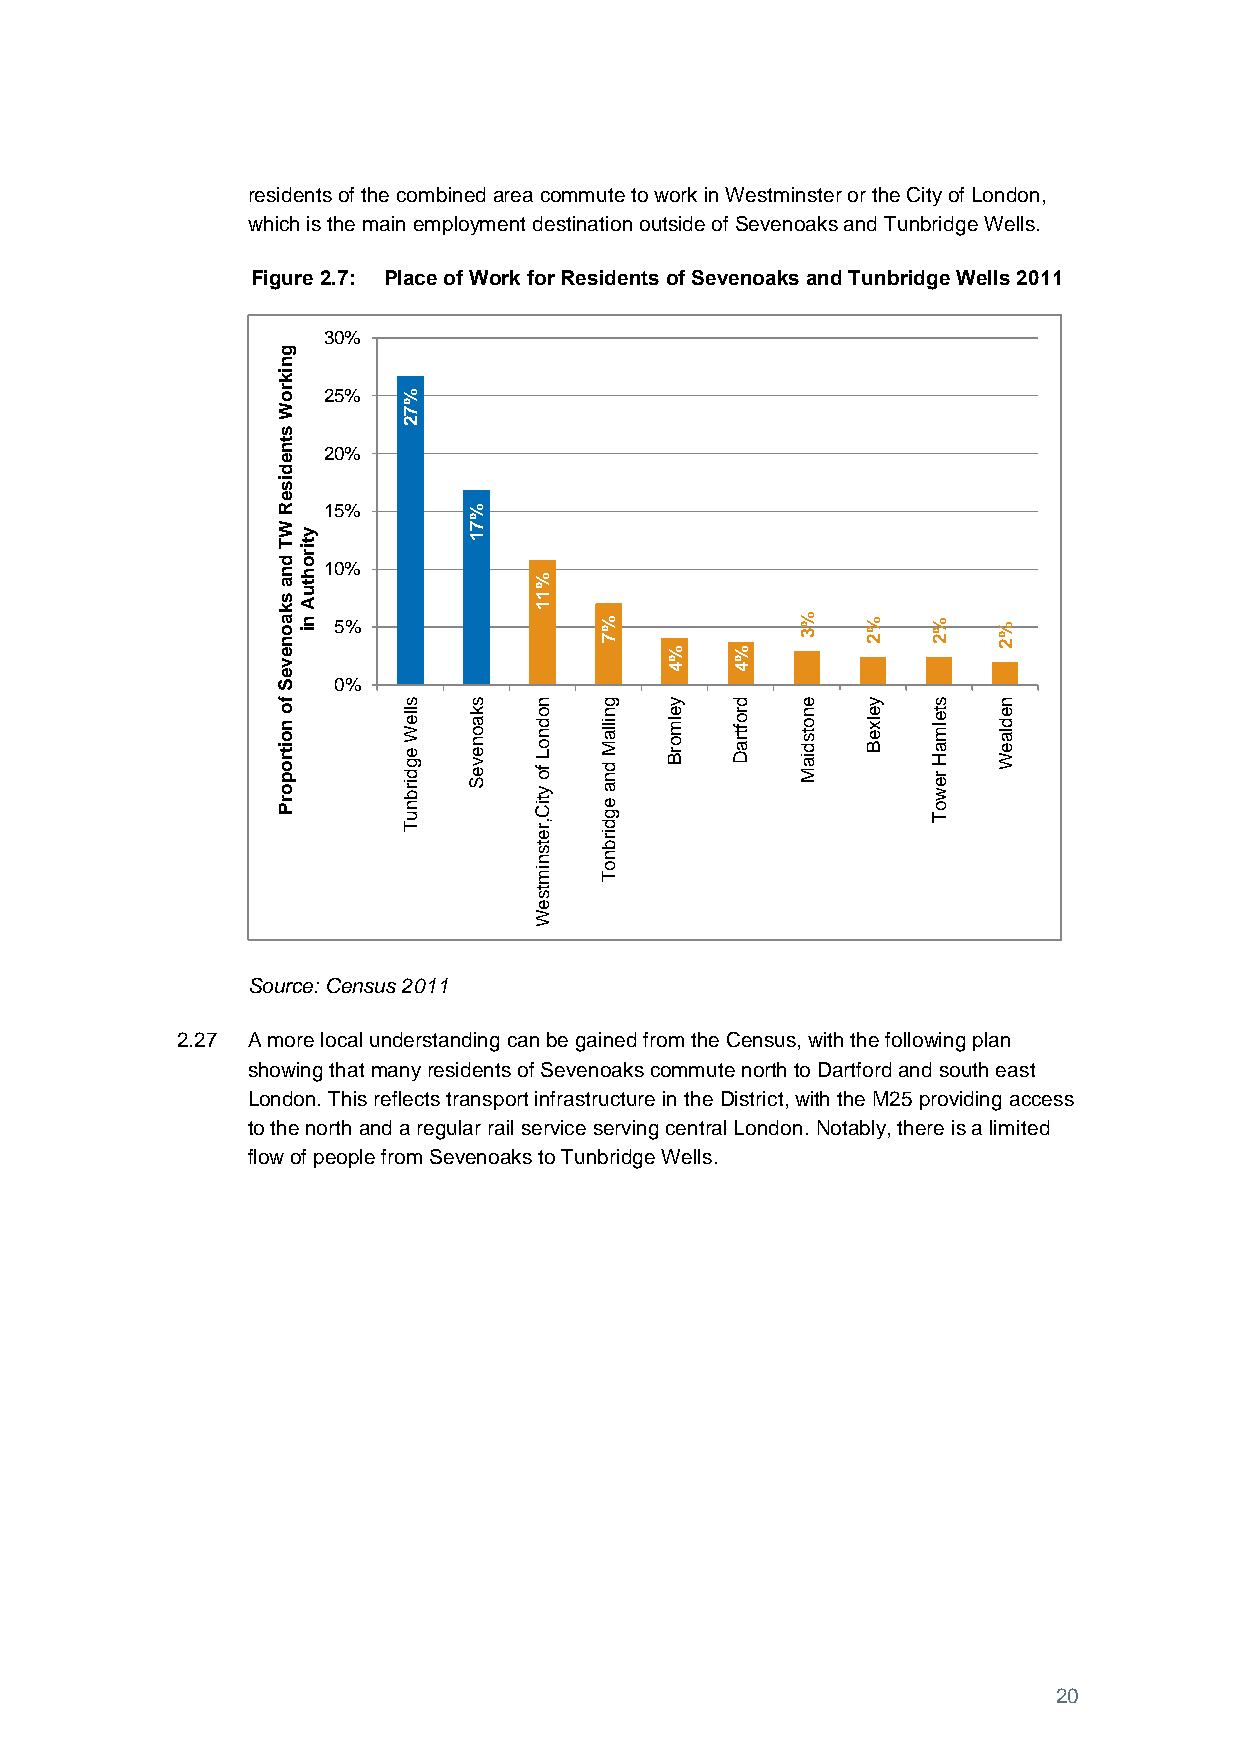
residents of the combined area commute to work in Westminster or the City of London,
 which is the main employment destination outside of Sevenoaks and Tunbridge Wells.
 Figure 2.7: Place of Work for Residents of Sevenoaks and Tunbridge Wells 2011
 30%
 g
 n
 ik
 r o 25%  %
 W        7
 s
 2
 tn
 20%
 e
 d
 is
 e
 R  15%       %
 W
 y
 7
 1
 T
 d n a
 s k
 a o n
 etir
 o h tu
 A
 n i
 1 50%
 %
 %
 1 1
 % 7
 %   %
 % 3 % 2  % 2 % 2
 v e                       4   4
 S   0%
 fo
 n o itr o p o r P
 s
 lle
 W e g d ir b n u
 s
 k
 a o n e v e S
 n
 o
 d n o L fo y tiC
 g
 n
 illa M d n a e g
 y
 e
 lm o rB
 d
 ro
 ftr a D
 e
 n
 o ts d ia M
 y
 e
 lx e B
 s
 te
 lm a H re w o T
 n
 e
 d la e W
 T       ,r   d
 e    ir
 ts
 n
 b
 n
 im   o T
 ts
 e
 W
 Source: Census 2011
 2.27 A more local understanding can be gained from the Census, with the following plan
 showing that many residents of Sevenoaks commute north to Dartford and south east
 London. This reflects transport infrastructure in the District, with the M25 providing access
 to the north and a regular rail service serving central London. Notably, there is a limited
 flow of people from Sevenoaks to Tunbridge Wells.
 20